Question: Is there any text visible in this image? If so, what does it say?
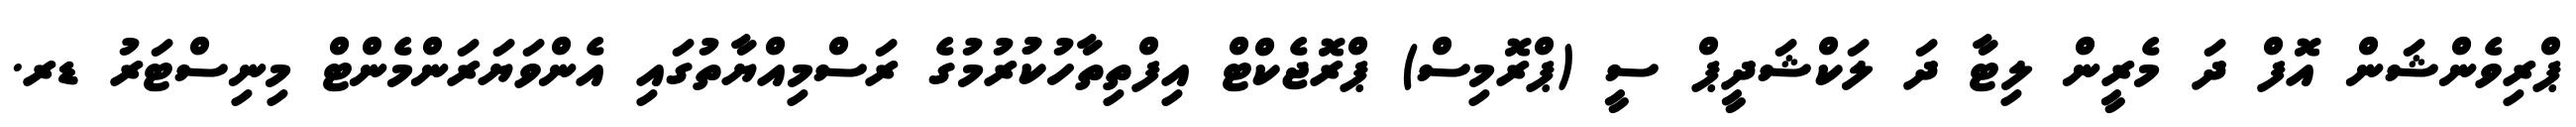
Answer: ޕްރިވެންޝަން އޮފް ދަ މެރީން ލިޓާ ދަ ލަކްޝަދީޕް ސީ (ޕްރޮމިސް) ޕްރޮޖެކްޓް އިފްތިތާހުކުުރުމުގެ ރަސްމިއްޔާތުގައި އެންވަޔަރަންމެންޓް މިނިސްޓަރު ޑރ.